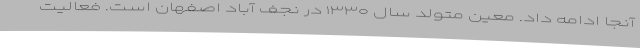
آنجا ادامه داد. معین متولد سال ۱۳۳۰ در نجف آباد اصفهان است. فعالیت